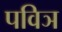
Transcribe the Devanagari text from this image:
पविञ